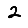
Digit: 2